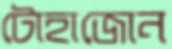
টোহাজোন